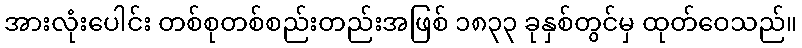
အားလုံးပေါင်း တစ်စုတစ်စည်းတည်းအဖြစ် ၁၈၃၃ ခုနှစ်တွင်မှ ထုတ်ဝေသည်။